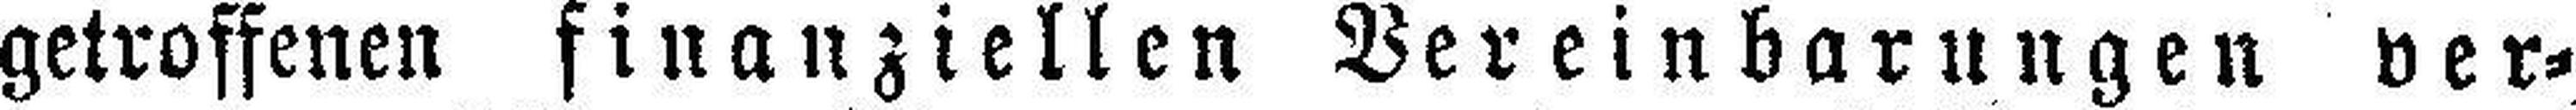
getroffenen finanziellen Vereinbarungen ver¬